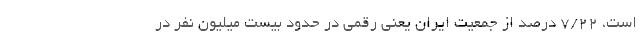
است، ۷/۲۲ درصد از جمعیت ایران یعنی رقمی در حدود بیست میلیون نفر در